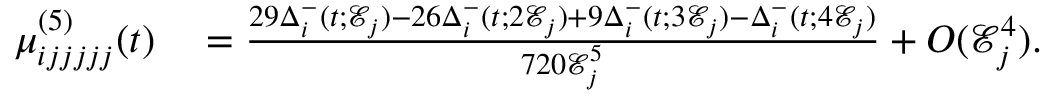
\begin{array} { r l } { \mu _ { i j j j j j } ^ { ( 5 ) } ( t ) } & { { } = \frac { 2 9 \Delta _ { i } ^ { - } ( t ; \mathcal { E } _ { j } ) - 2 6 \Delta _ { i } ^ { - } ( t ; 2 \mathcal { E } _ { j } ) + 9 \Delta _ { i } ^ { - } ( t ; 3 \mathcal { E } _ { j } ) - \Delta _ { i } ^ { - } ( t ; 4 \mathcal { E } _ { j } ) } { 7 2 0 \mathcal { E } _ { j } ^ { 5 } } + O ( \mathcal { E } _ { j } ^ { 4 } ) . } \end{array}